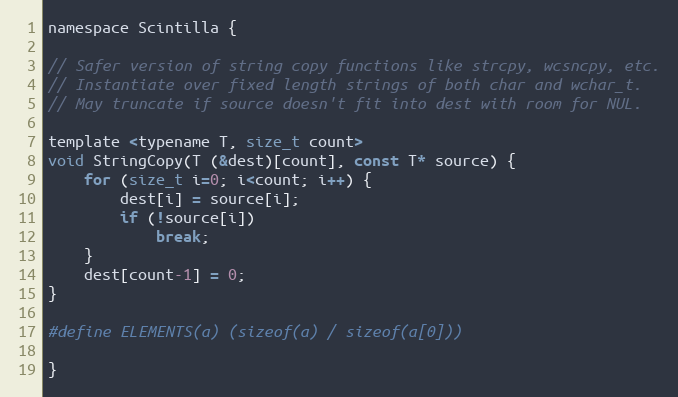
Language: C
namespace Scintilla {

// Safer version of string copy functions like strcpy, wcsncpy, etc.
// Instantiate over fixed length strings of both char and wchar_t.
// May truncate if source doesn't fit into dest with room for NUL.

template <typename T, size_t count>
void StringCopy(T (&dest)[count], const T* source) {
	for (size_t i=0; i<count; i++) {
		dest[i] = source[i];
		if (!source[i])
			break;
	}
	dest[count-1] = 0;
}

#define ELEMENTS(a) (sizeof(a) / sizeof(a[0]))

}